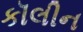
કૉલીન